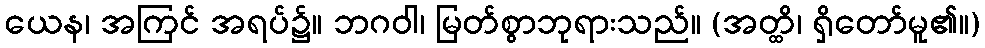
ယေန၊ အကြင် အရပ်၌။ ဘဂဝါ၊ မြတ်စွာဘုရားသည်။ (အတ္ထိ၊ ရှိတော်မူ၏။)